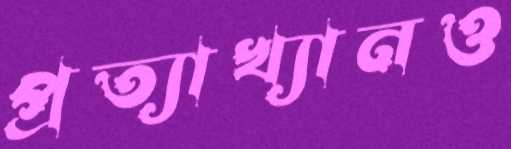
প্রত্যাখ্যানও